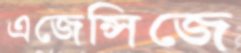
এজেন্সিজে